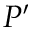
P ^ { \prime }